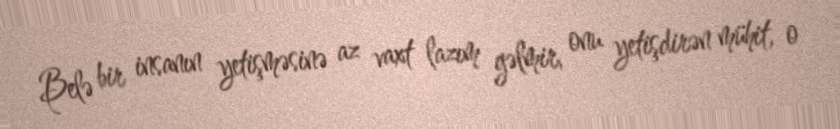
Belə bir insanın yetişməsinə az vaxt lazım gəlmir, onu yetişdirən mühit, o